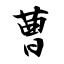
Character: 曹